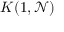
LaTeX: K ( 1 , { \mathcal { N } } )